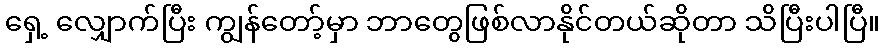
ရှေ့ လျှောက်ပြီး ကျွန်တော့်မှာ ဘာတွေဖြစ်လာနိုင်တယ်ဆိုတာ သိပြီးပါပြီ။